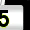
Digit: 5